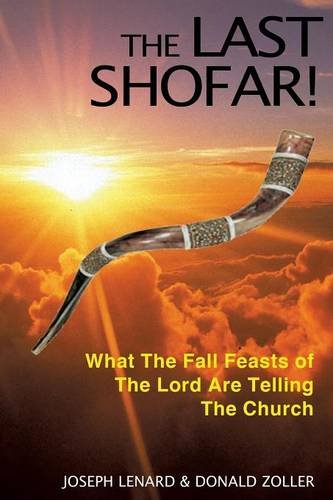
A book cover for The Last Shofar!; Joseph Lenard; Religion & Spirituality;